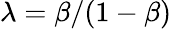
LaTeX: \lambda=\beta/(1-\beta)